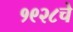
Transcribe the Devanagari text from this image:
१९२८चे